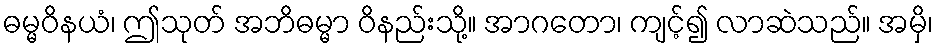
ဓမ္မဝိနယံ၊ ဤသုတ် အဘိဓမ္မာ ဝိနည်းသို့။ အာဂတော၊ ကျင့်၍ လာဆဲသည်။ အမှိ၊